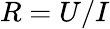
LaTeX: R=U/I